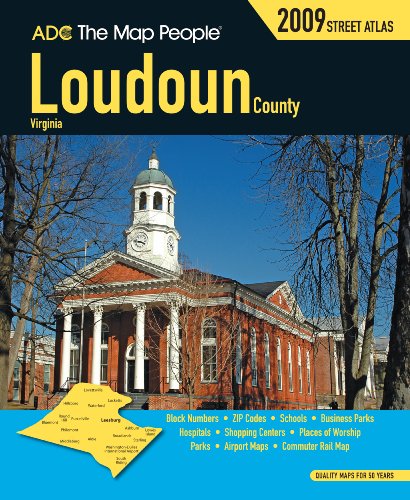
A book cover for Loudoun County Va Atlas; Travel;